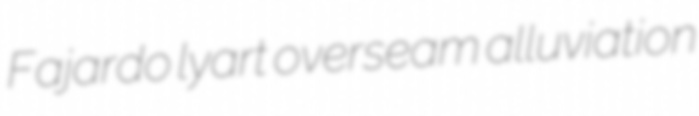
Fajardo lyart overseam alluviation